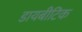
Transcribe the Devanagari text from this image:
डायबीटिक